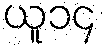
ယူ၁၄